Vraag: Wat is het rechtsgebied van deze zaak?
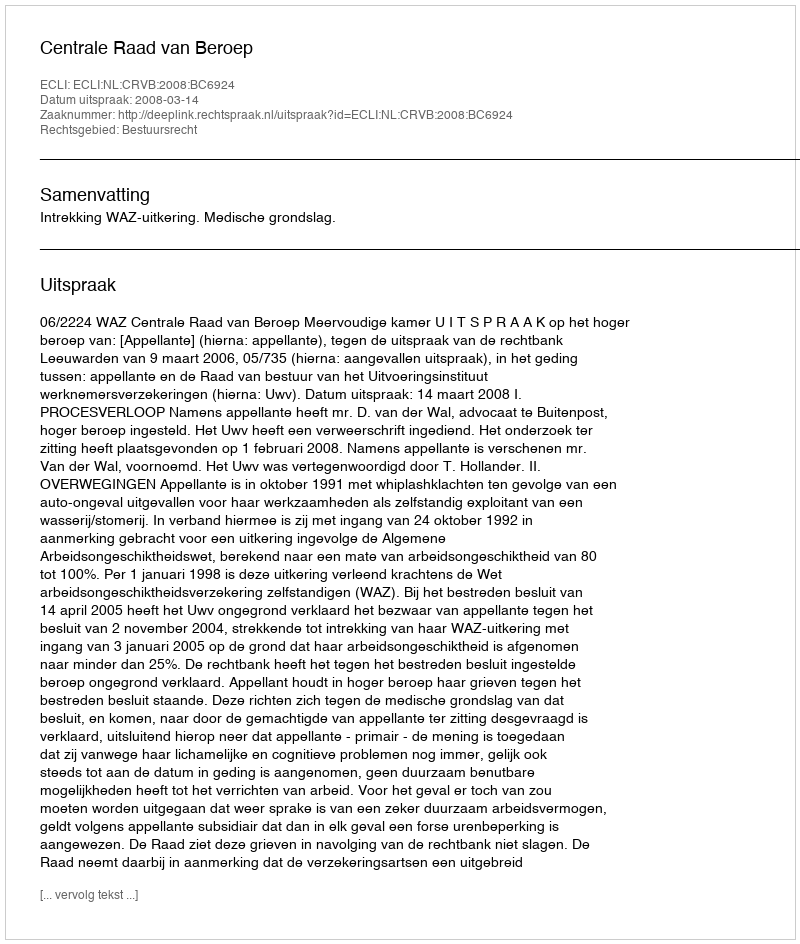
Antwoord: Bestuursrecht